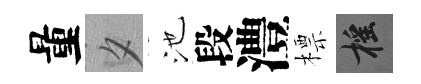
量夕池段澧標摇